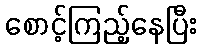
စောင့်ကြည့်နေပြီး